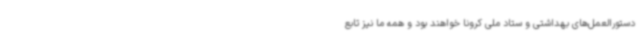
دستورالعمل‌های بهداشتی و ستاد ملی کرونا خواهند بود و همه ما نیز تابع